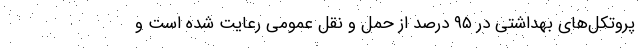
پروتکل‌های بهداشتی در ۹۵ درصد از حمل و نقل عمومی رعایت شده است و